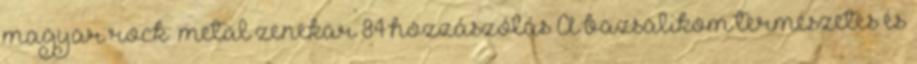
magyar rock metal zenekar 84 hozzászólás A bazsalikom természetes és